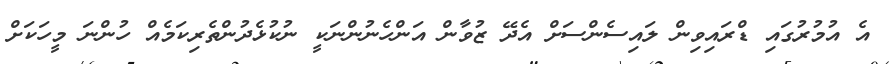
އެ އުމުރުގައި ޑްރައިވިން ލައިސެންސަށް އެދޭ ޒުވާން އަންހެނުންނަކީ ނުކުޅެދުންތެރިކަމެއް ހުންނަ މީހަކަށް